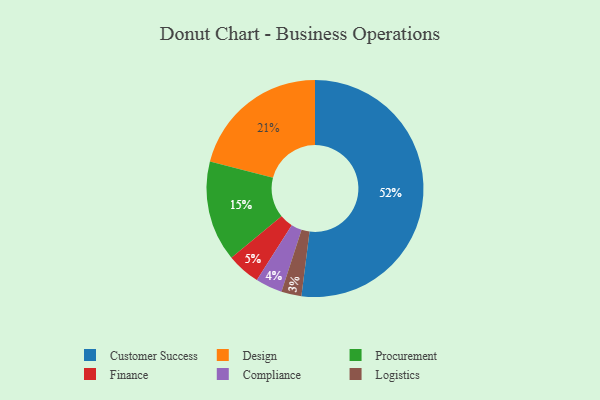
{"axis": {"x": "Category", "y": "Percentage"}, "legend": ["Compliance", "Customer Success", "Design", "Finance", "Logistics", "Procurement"], "data": [{"x": "Logistics", "y": 3, "type": "Logistics"}, {"x": "Procurement", "y": 15, "type": "Procurement"}, {"x": "Design", "y": 21, "type": "Design"}, {"x": "Finance", "y": 5, "type": "Finance"}, {"x": "Customer Success", "y": 52, "type": "Customer Success"}, {"x": "Compliance", "y": 4, "type": "Compliance"}]}